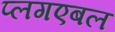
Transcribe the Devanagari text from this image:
प्लगएबल